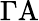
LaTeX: \Gamma\mathrm{A}